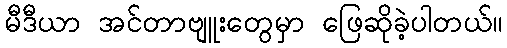
မီဒီယာ အင်တာဗျူးတွေမှာ ဖြေဆိုခဲ့ပါတယ်။